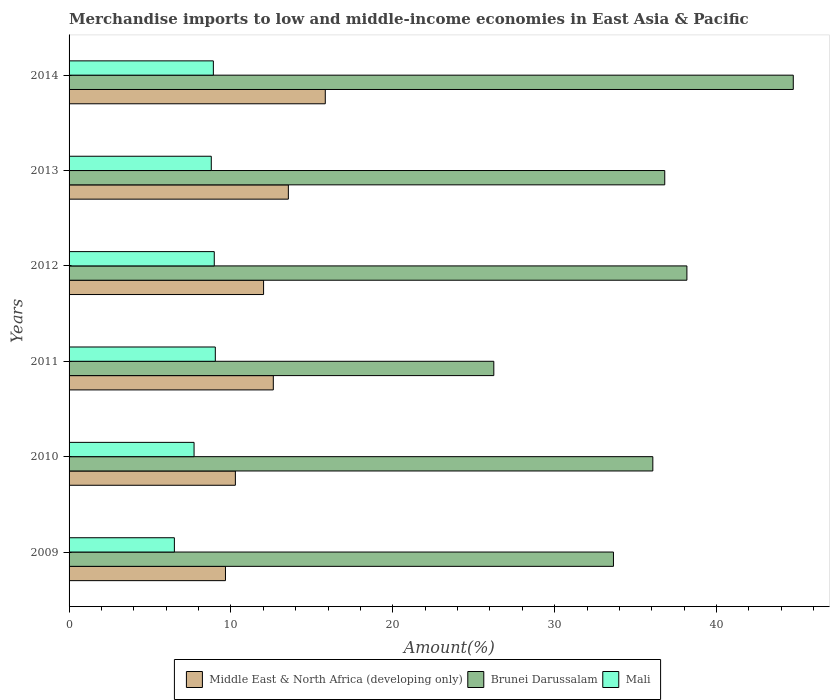
| Years | Middle East & North Africa (developing only) | Brunei Darussalam | Mali |
 | --- | --- | --- | --- |
 | 2009 | 9.66 | 33.6 | 6.51 |
 | 2010 | 10.3 | 36.1 | 7.72 |
 | 2011 | 12.6 | 26.2 | 9.04 |
 | 2012 | 12 | 38.2 | 8.97 |
 | 2013 | 13.5 | 36.8 | 8.79 |
 | 2014 | 15.8 | 44.7 | 8.91 |